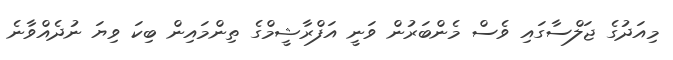
މިއަދުގެ ޖަލްސާގައި ވެސް މެންބަރުން ވަނީ އަފްރާޝީމްގެ ތިންމައިން ބިކަ ވިޔަ ނުދެއްވާނެ